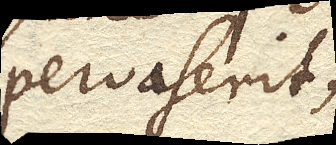
pervaserit;